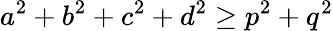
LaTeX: a^{2}+b^{2}+c^{2}+d^{2}\geq p^{2}+q^{2}